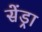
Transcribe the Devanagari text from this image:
सेंड्रा